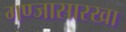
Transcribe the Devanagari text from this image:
गण्जासारखा